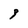
Character: 3